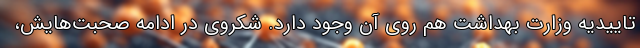
تاییدیه وزارت بهداشت هم روی آن وجود دارد. شکروی در ادامه صحبت‌هایش،